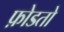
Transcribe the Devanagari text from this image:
फ़ोडतो